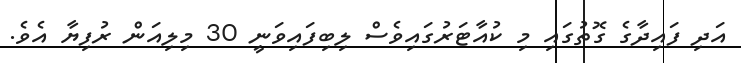
އަދި ފައިދާގެ ގޮތުގައި މި ކުއާޓަރުގައިވެސް ލިބިފައިވަނީ 30 މިލިއަން ރުފިޔާ އެވެ.